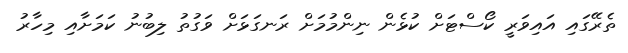
ތެރޭގައި އައިވަރީ ކޯސްޓަށް ކުޅެން ނިންމުމަށް ރަނގަޅަށް ވަގުތު ލިބުނު ކަމަށާއި މިހާރު